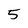
Character: 5